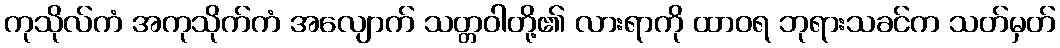
ကုသိုလ်ကံ အကုသိုက်ကံ အလျောက် သတ္တဝါတို့၏ လားရာကို ထာဝရ ဘုရားသခင်က သတ်မှတ်